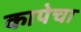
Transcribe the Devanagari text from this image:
कापेचा